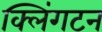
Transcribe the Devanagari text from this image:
क्लिंगटन